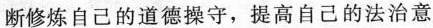
断修炼自己的道德操守，提高自己的法治意